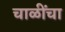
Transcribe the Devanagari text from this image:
चाळींचा